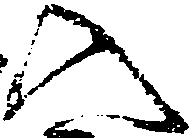
入